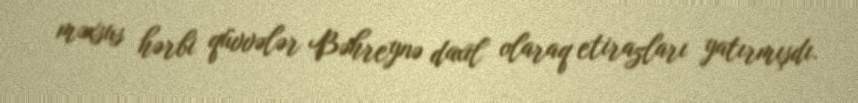
məxsus hərbi qüvvələr Bəhreynə daxil olaraq etirazları yatırmışdı.